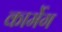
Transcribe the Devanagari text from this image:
कार्मेग